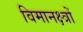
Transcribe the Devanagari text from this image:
विमानक्ष्त्रों